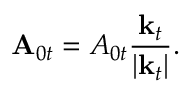
\mathbf { A } _ { 0 t } = A _ { 0 t } \frac { \mathbf { k } _ { t } } { \left\vert \mathbf { k } _ { t } \right\vert } .